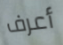
أعرف